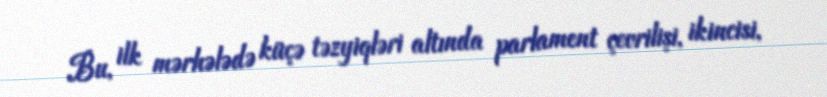
Bu, ilk mərhələdə küçə təzyiqləri altında parlament çevrilişi, ikincisi,